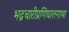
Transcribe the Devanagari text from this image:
भद्रचारीप्रणिघातगाथा